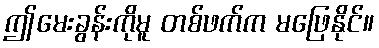
ဤမေးခွန်းကိုမူ တစ်ဖက်က မဖြေနိုင်။